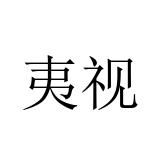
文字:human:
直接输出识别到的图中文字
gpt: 夷视